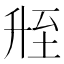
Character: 𬛲